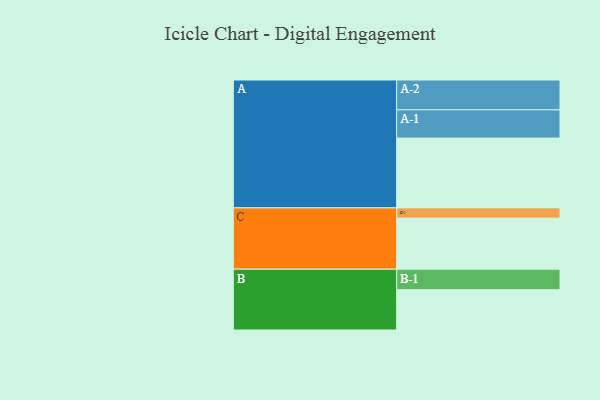
{"axis": {"x": "Segment", "y": "Value"}, "legend": ["", "A", "B", "C"], "data": [{"x": "A", "y": 545, "type": ""}, {"x": "B", "y": 315, "type": ""}, {"x": "C", "y": 399, "type": ""}, {"x": "A-1", "y": 221, "type": "A"}, {"x": "A-2", "y": 233, "type": "A"}, {"x": "B-1", "y": 160, "type": "B"}, {"x": "C-1", "y": 80, "type": "C"}]}